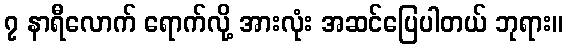
၇ နာရီလောက် ရောက်လို့ အားလုံး အဆင်ပြေပါတယ် ဘုရား။